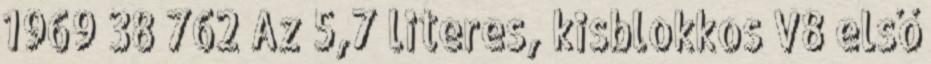
1969 38 762 Az 5,7 literes, kisblokkos V8 első